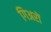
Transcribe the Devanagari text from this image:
गिअरों